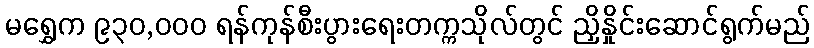
မရွှေက ၉၃၀,ဝဝဝ ရန်ကုန်စီးပွားရေးတက္ကသိုလ်တွင် ညှိနှိုင်းဆောင်ရွက်မည်